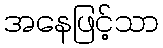
အနေဖြင့်သာ